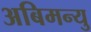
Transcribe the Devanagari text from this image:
अबिमन्यु